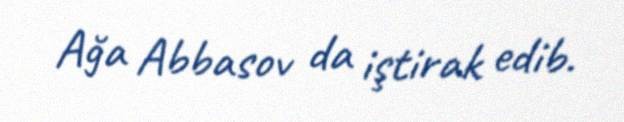
Ağa Abbasov da iştirak edib.